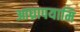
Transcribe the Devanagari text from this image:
आघ्रापयामि